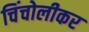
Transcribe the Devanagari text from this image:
चिंचोलीकर